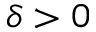
\delta > 0